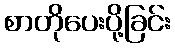
စာတိုပေးပို့ခြင်း